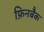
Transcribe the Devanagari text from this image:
फ़िनबैक